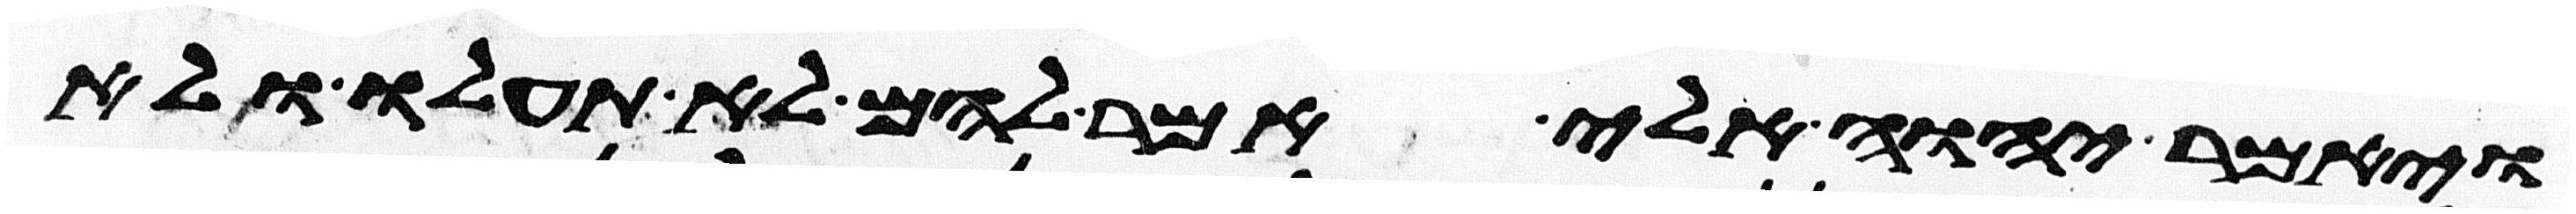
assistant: ויאמר יהוה אלי אמר להם לא תעלו ולא